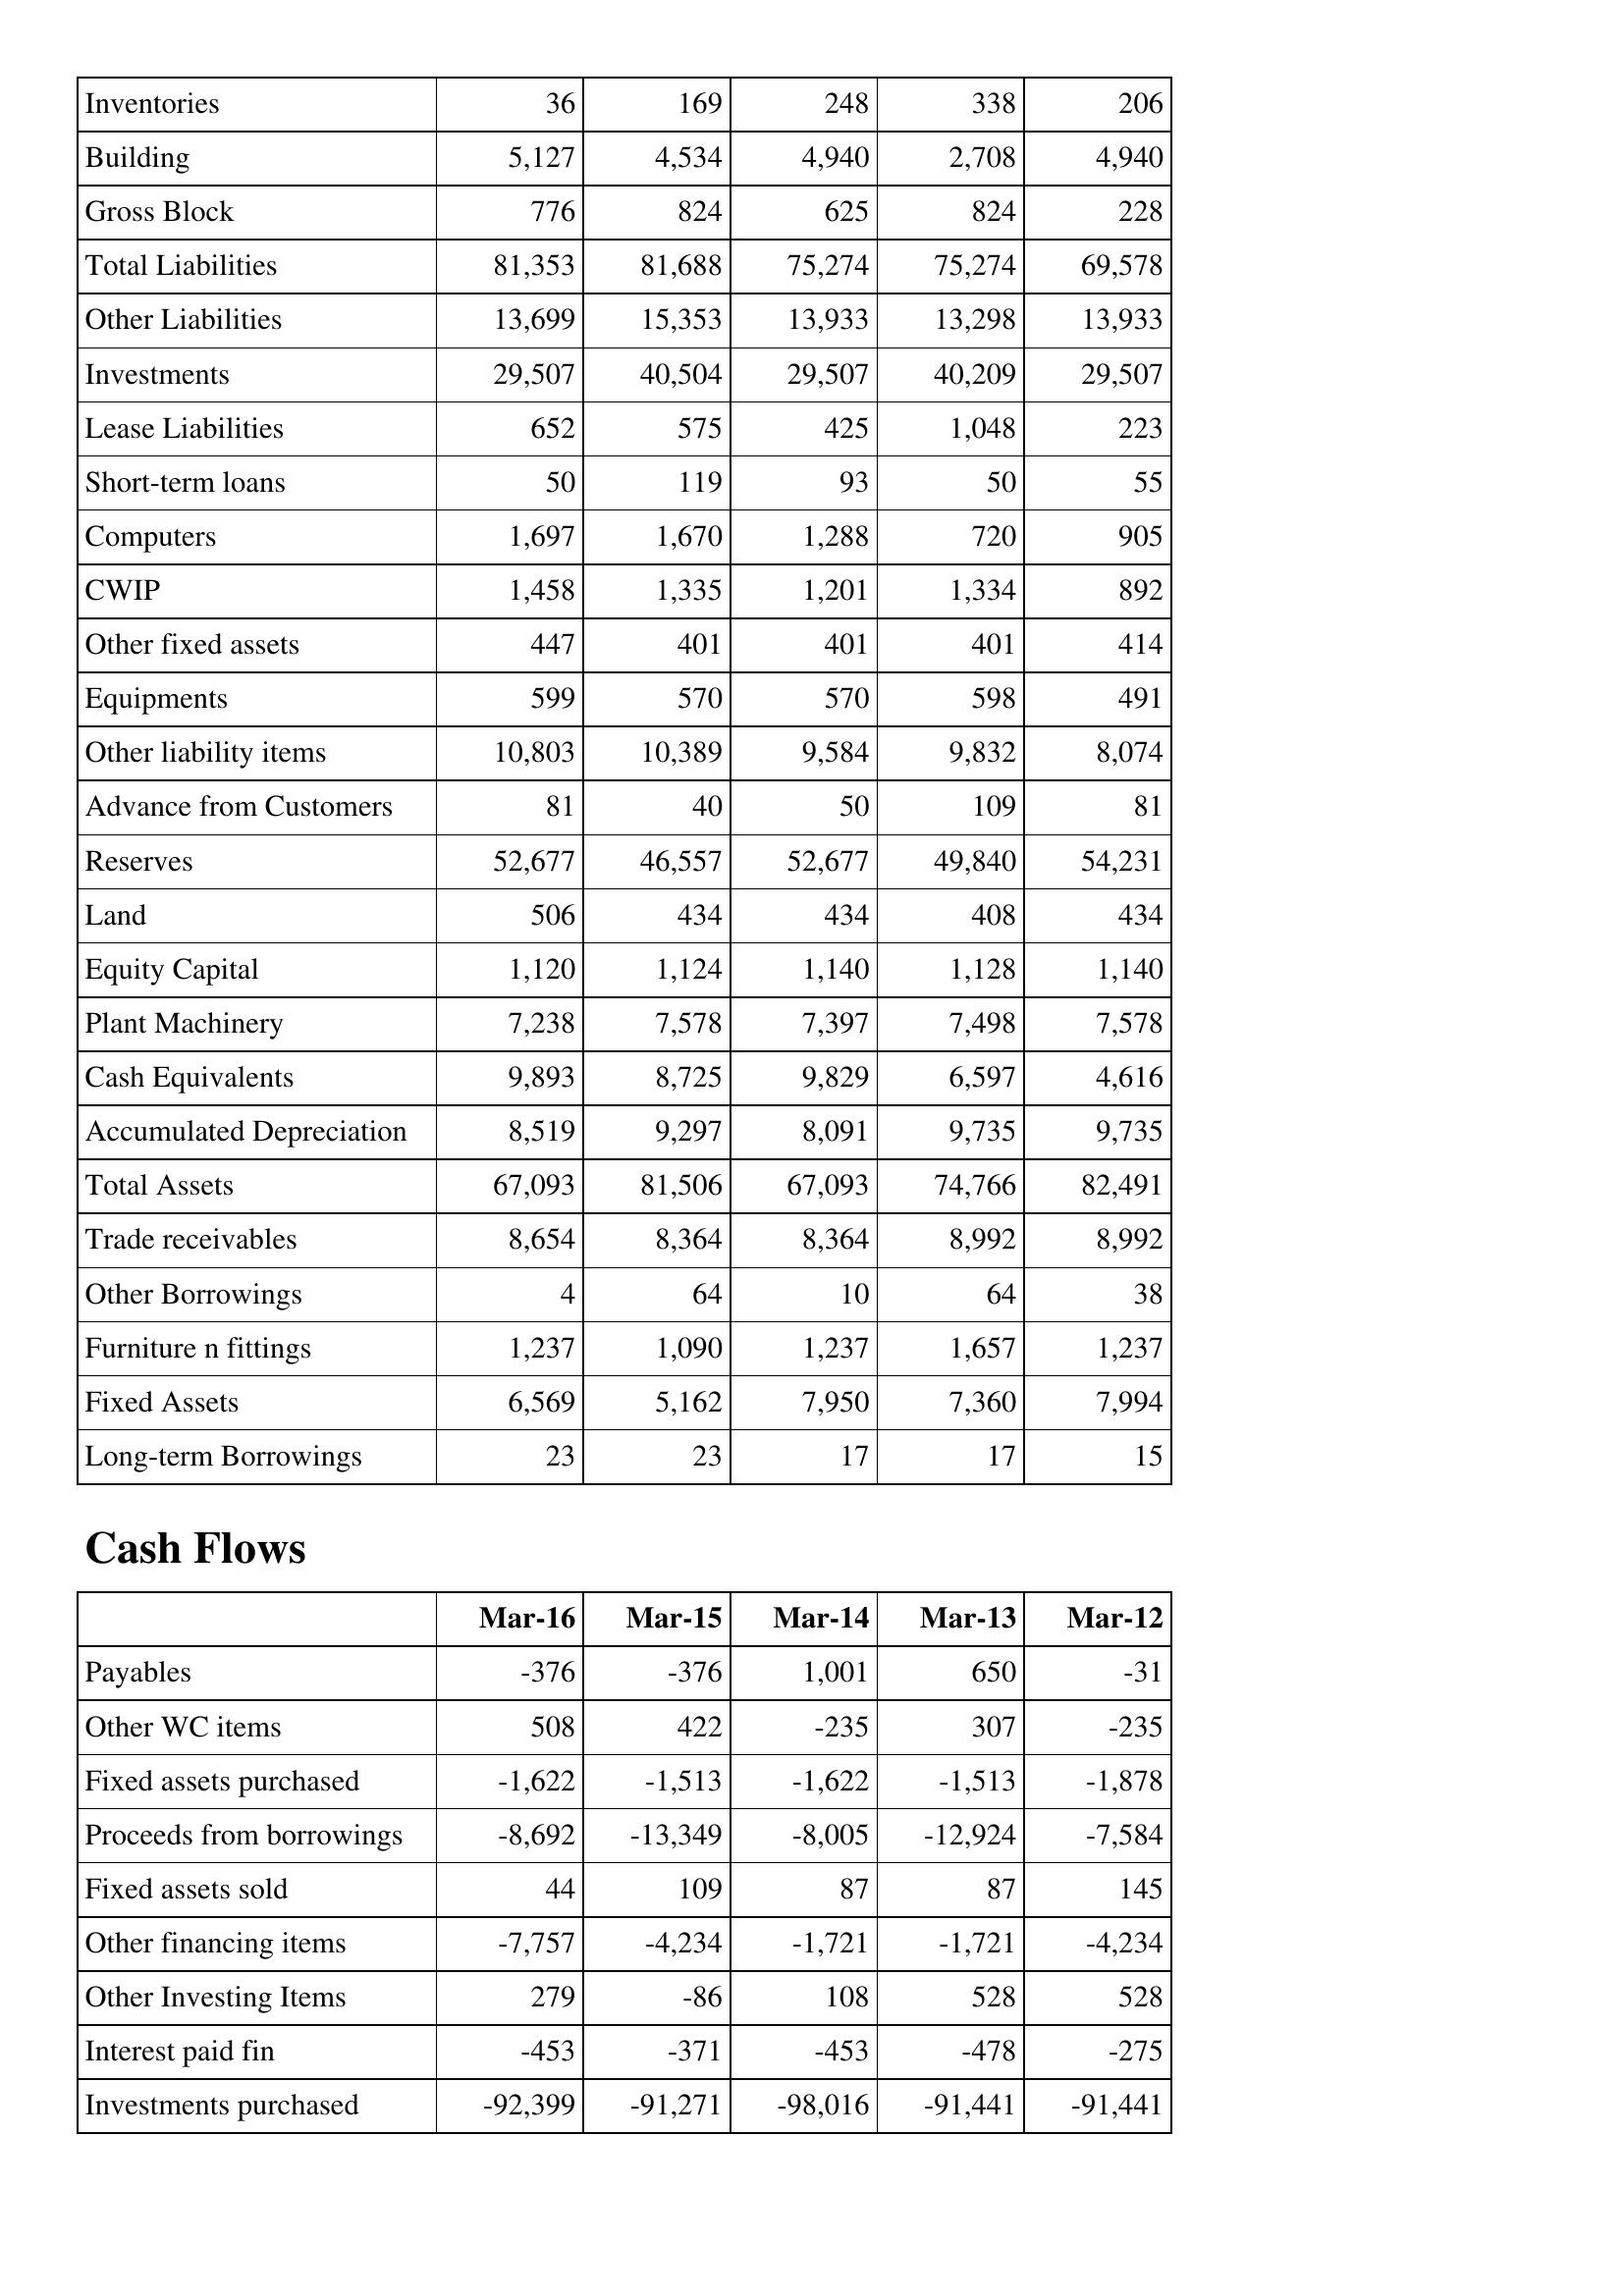
Mar-16: Balance Sheet: Inventories: 36
Building: 5,127
Gross Block: 776
Total Liabilities: 81,353
Other Liabilities: 13,699
Investments: 29,507
Lease Liabilities: 652
Short-term loans: 50
Computers: 1,697
CWIP: 1,458
Other fixed assets: 447
Equipments: 599
Other liability items: 10,803
Advance from Customers: 81
Reserves: 52,677
Land: 506
Equity Capital: 1,120
Plant Machinery: 7,238
Cash Equivalents: 9,893
Accumulated Depreciation: 8,519
Total Assets: 67,093
Trade receivables: 8,654
Other Borrowings: 4
Furniture n fittings: 1,237
Fixed Assets: 6,569
Long-term Borrowings: 23
Cash Flows: Payables: -376
Other WC items: 508
Fixed assets purchased: -1,622
Proceeds from borrowings: -8,692
Fixed assets sold: 44
Other financing items: -7,757
Other Investing Items: 279
Interest paid fin: -453
Investments purchased: -92,399
Mar-15: Balance Sheet: Inventories: 169
Building: 4,534
Gross Block: 824
Total Liabilities: 81,688
Other Liabilities: 15,353
Investments: 40,504
Lease Liabilities: 575
Short-term loans: 119
Computers: 1,670
CWIP: 1,335
Other fixed assets: 401
Equipments: 570
Other liability items: 10,389
Advance from Customers: 40
Reserves: 46,557
Land: 434
Equity Capital: 1,124
Plant Machinery: 7,578
Cash Equivalents: 8,725
Accumulated Depreciation: 9,297
Total Assets: 81,506
Trade receivables: 8,364
Other Borrowings: 64
Furniture n fittings: 1,090
Fixed Assets: 5,162
Long-term Borrowings: 23
Cash Flows: Payables: -376
Other WC items: 422
Fixed assets purchased: -1,513
Proceeds from borrowings: -13,349
Fixed assets sold: 109
Other financing items: -4,234
Other Investing Items: -86
Interest paid fin: -371
Investments purchased: -91,271
Mar-14: Balance Sheet: Inventories: 248
Building: 4,940
Gross Block: 625
Total Liabilities: 75,274
Other Liabilities: 13,933
Investments: 29,507
Lease Liabilities: 425
Short-term loans: 93
Computers: 1,288
CWIP: 1,201
Other fixed assets: 401
Equipments: 570
Other liability items: 9,584
Advance from Customers: 50
Reserves: 52,677
Land: 434
Equity Capital: 1,140
Plant Machinery: 7,397
Cash Equivalents: 9,829
Accumulated Depreciation: 8,091
Total Assets: 67,093
Trade receivables: 8,364
Other Borrowings: 10
Furniture n fittings: 1,237
Fixed Assets: 7,950
Long-term Borrowings: 17
Cash Flows: Payables: 1,001
Other WC items: -235
Fixed assets purchased: -1,622
Proceeds from borrowings: -8,005
Fixed assets sold: 87
Other financing items: -1,721
Other Investing Items: 108
Interest paid fin: -453
Investments purchased: -98,016
Mar-13: Balance Sheet: Inventories: 338
Building: 2,708
Gross Block: 824
Total Liabilities: 75,274
Other Liabilities: 13,298
Investments: 40,209
Lease Liabilities: 1,048
Short-term loans: 50
Computers: 720
CWIP: 1,334
Other fixed assets: 401
Equipments: 598
Other liability items: 9,832
Advance from Customers: 109
Reserves: 49,840
Land: 408
Equity Capital: 1,128
Plant Machinery: 7,498
Cash Equivalents: 6,597
Accumulated Depreciation: 9,735
Total Assets: 74,766
Trade receivables: 8,992
Other Borrowings: 64
Furniture n fittings: 1,657
Fixed Assets: 7,360
Long-term Borrowings: 17
Cash Flows: Payables: 650
Other WC items: 307
Fixed assets purchased: -1,513
Proceeds from borrowings: -12,924
Fixed assets sold: 87
Other financing items: -1,721
Other Investing Items: 528
Interest paid fin: -478
Investments purchased: -91,441
Mar-12: Balance Sheet: Inventories: 206
Building: 4,940
Gross Block: 228
Total Liabilities: 69,578
Other Liabilities: 13,933
Investments: 29,507
Lease Liabilities: 223
Short-term loans: 55
Computers: 905
CWIP: 892
Other fixed assets: 414
Equipments: 491
Other liability items: 8,074
Advance from Customers: 81
Reserves: 54,231
Land: 434
Equity Capital: 1,140
Plant Machinery: 7,578
Cash Equivalents: 4,616
Accumulated Depreciation: 9,735
Total Assets: 82,491
Trade receivables: 8,992
Other Borrowings: 38
Furniture n fittings: 1,237
Fixed Assets: 7,994
Long-term Borrowings: 15
Cash Flows: Payables: -31
Other WC items: -235
Fixed assets purchased: -1,878
Proceeds from borrowings: -7,584
Fixed assets sold: 145
Other financing items: -4,234
Other Investing Items: 528
Interest paid fin: -275
Investments purchased: -91,441